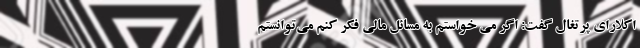
اکلارای پرتغال گفت: اگر می خواستم به مسائل مالی فکر کنم می‌توانستم